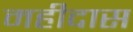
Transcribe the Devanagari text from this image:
महीदास